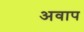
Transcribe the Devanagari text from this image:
अवाप